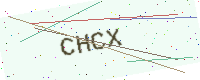
Text: CHCX